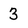
Character: 3